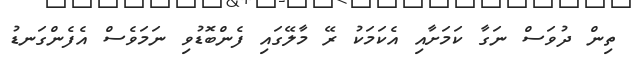
ތިން ދުވަސް ނަގާ ކަމަށާއި އެކަމަކު ރޭ މާލޭގައި ފެންބޮޑުވި ނަމަވެސް އެފެންގަނޑު